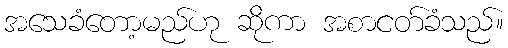
အသေခံတော့မည်ဟု ဆိုကာ အစာငတ်ခံသည်။